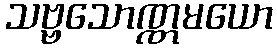
သဗ္ဗသောဏ္ဏမယော